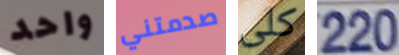
واحد صدمتني كلى 220